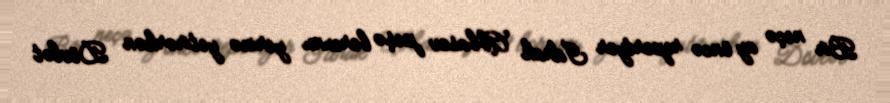
Bir neçə ay öncə reportyor İdrak Abbasov peşə borcunu yerinə yetirərkən Dövlət